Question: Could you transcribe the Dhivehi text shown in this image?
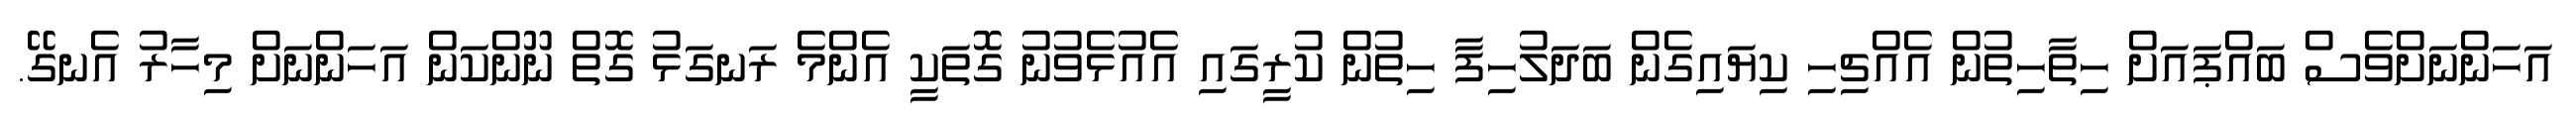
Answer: އަހަންނަށްވެސް ބައްޕައަށް ހިތާހިތުން އެއްޗިހި ކިޔައިގެން ބަދަލުހިފާ ހިތުން ކުރީގައި އެއުޅެވުނު ގޮތަކީ އެންމެ ރަނގަޅު ގޮތް ނޫންކަން އަހަންނަށް މިހާރު އެނގޭ.